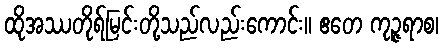
ထိုအဿတိုရ်မြင်းတို့သည်လည်းကောင်း။ ဧတေ ကုဉ္ဇရာစ၊